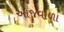
આજવાળા